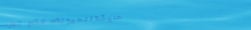
حديقة الحيوانات تقدم تجرب